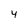
Character: 4